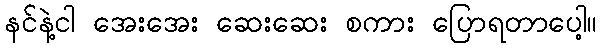
နင်နဲ့ငါ အေးအေး ဆေးဆေး စကား ပြောရတာပေါ့။